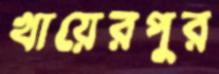
খায়েরপুর